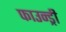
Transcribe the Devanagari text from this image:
फाउन्ड्री